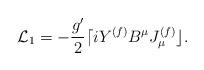
LaTeX: \begin{align*}{\cal L}_{1}=-\frac{g^{\prime }}{2}\lceil iY^{(f)}B^{\mu }J_{\mu}^{(f)}\rfloor .\end{align*}